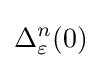
\Delta _{\varepsilon }^{n}(0)